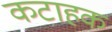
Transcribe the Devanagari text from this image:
कटाहक